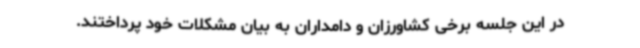
در این جلسه برخی کشاورزان و دامداران به بیان مشکلات خود پرداختند.